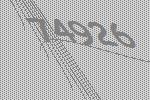
74926